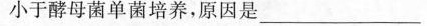
小于酵母菌单菌培养，原因是___